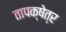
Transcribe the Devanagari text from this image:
तापक्षेत्र